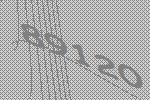
89120